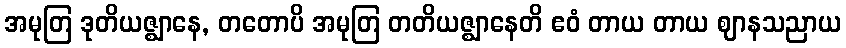
အမုတြ ဒုတိယဇ္ဈာနေ, တတောပိ အမုတြ တတိယဇ္ဈာနေတိ ဧဝံ တာယ တာယ ဈာနသညာယ